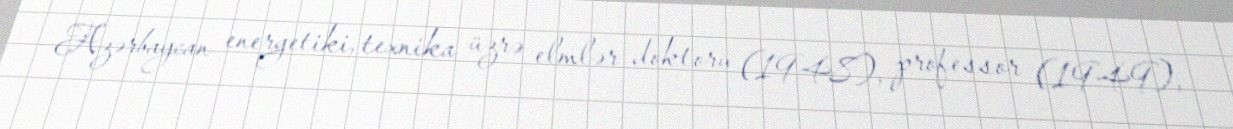
Azərbaycan energetiki, texnika üzrə elmlər doktoru (1948), professor (1949),